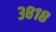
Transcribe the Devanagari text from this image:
३८१८